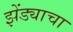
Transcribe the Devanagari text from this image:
झेंड्याचा